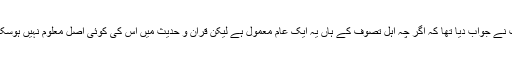
آپ نے جواب دیا تھا کہ اگر چہ اہل تصوف کے ہاں یہ ایک عام معمول ہے لیکن قرآن و حدیث میں اس کی کوئی اصل معلوم نہیں ہوسکی۔